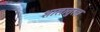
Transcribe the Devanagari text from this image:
शालातुला